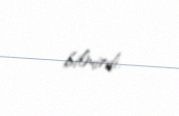
bilmirdi.